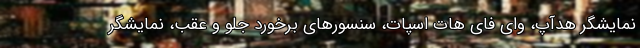
نمایشگر هدآپ، وای فای هات اسپات، سنسورهای برخورد جلو و عقب، نمایشگر